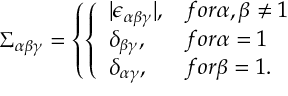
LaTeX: \Sigma _ { \alpha \beta \gamma } = \left\{ \left\{ \begin{array} { l l } { { | \epsilon _ { \alpha \beta \gamma } | , } } & { { f o r \alpha , \beta \ne 1 } } \\ { { \delta _ { \beta \gamma } , } } & { { f o r \alpha = 1 } } \\ { { \delta _ { \alpha \gamma } , } } & { { f o r \beta = 1 . } } \end{array} \right. \right.